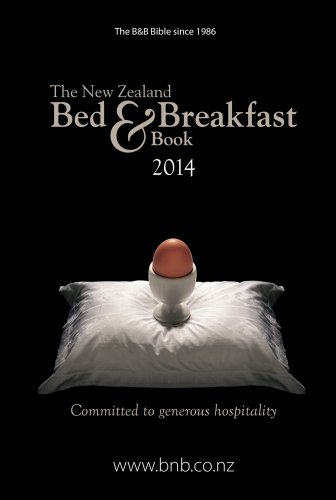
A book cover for New Zealand Bed & Breakfast, 2014 (New Zealand Bed and Breakfast Book); Travel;